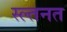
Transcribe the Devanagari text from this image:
स्ल्तनत